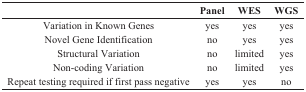
<table><thead><tr><td></td><td><b>Panel</b></td><td><b>WES</b></td><td><b>WGS</b></td></tr></thead><tbody><tr><td>Variation in Known Genes</td><td>yes</td><td>yes</td><td>yes</td></tr><tr><td>Novel Gene Identification</td><td>no</td><td>yes</td><td>yes</td></tr><tr><td>Structural Variation</td><td>no</td><td>limited</td><td>yes</td></tr><tr><td>Non-coding Variation</td><td>no</td><td>limited</td><td>yes</td></tr><tr><td>Repeat testing required if first pass negative</td><td>yes</td><td>yes</td><td>no</td></tr></tbody></table>